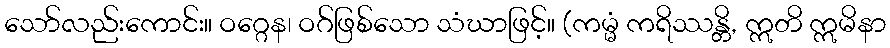
သော်လည်းကောင်း။ ဝဂ္ဂေန၊ ဝဂ်ဖြစ်သော သံဃာဖြင့်။ (ကမ္မံ ကရိဿန္တိ, ဣတိ ဣမိနာ